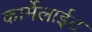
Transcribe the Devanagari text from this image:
कार्मेलाईट